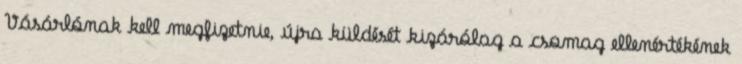
Vásárlónak kell megfizetnie, újra küldését kizárólag a csomag ellenértékének